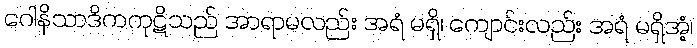
ဂေါနိသာဒိကကုဋိသည် အာရာမလည်း အရံ မရှိ၊ ကျောင်းလည်း အရံ မရှိအံ့၊